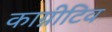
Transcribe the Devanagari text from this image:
काग्नीटिव